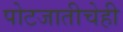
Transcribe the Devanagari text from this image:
पोटजातीचेही